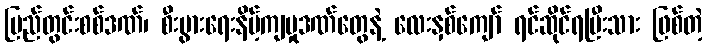
ပြည်တွင်းစစ်ဒဏ်၊ စီးပွားရေးနိမ့်ကျမှုဒဏ်တွေနဲ့ လေးနှစ်ကျော် ရင်ဆိုင်ရပြီးသား ဖြစ်တဲ့